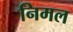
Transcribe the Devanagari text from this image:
निमल